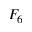
F _ { 6 }